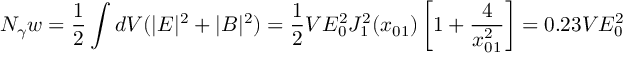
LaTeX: N _ { \gamma } w = \frac { 1 } { 2 } \int d V ( | { \cal { E } } | ^ { 2 } + | { \cal { B } } | ^ { 2 } ) = \frac { 1 } { 2 } V { \cal { E } } _ { 0 } ^ { 2 } J _ { 1 } ^ { 2 } ( x _ { 0 1 } ) \left[ 1 + \frac { 4 } { x _ { 0 1 } ^ { 2 } } \right] = 0 . 2 3 V { \cal E } _ { 0 } ^ { 2 }